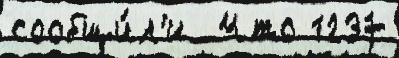
сообщи́л'и  Что 1237